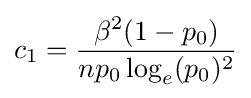
c_{1}={\frac {\beta ^{2}(1-p_{0})}{np_{0}\log _{e}(p_{0})^{2}}}